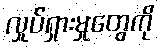
လှုပ်ရှားမှုတွေကို